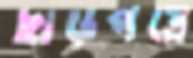
ছাড়পত্রে